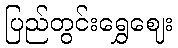
ပြည်တွင်းရွှေဈေး